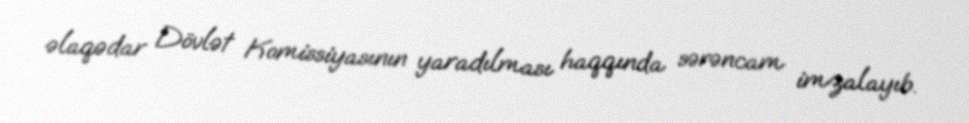
əlaqədar Dövlət Komissiyasının yaradılması haqqında sərəncam imzalayıb.